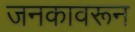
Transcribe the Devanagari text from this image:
जनकावरून